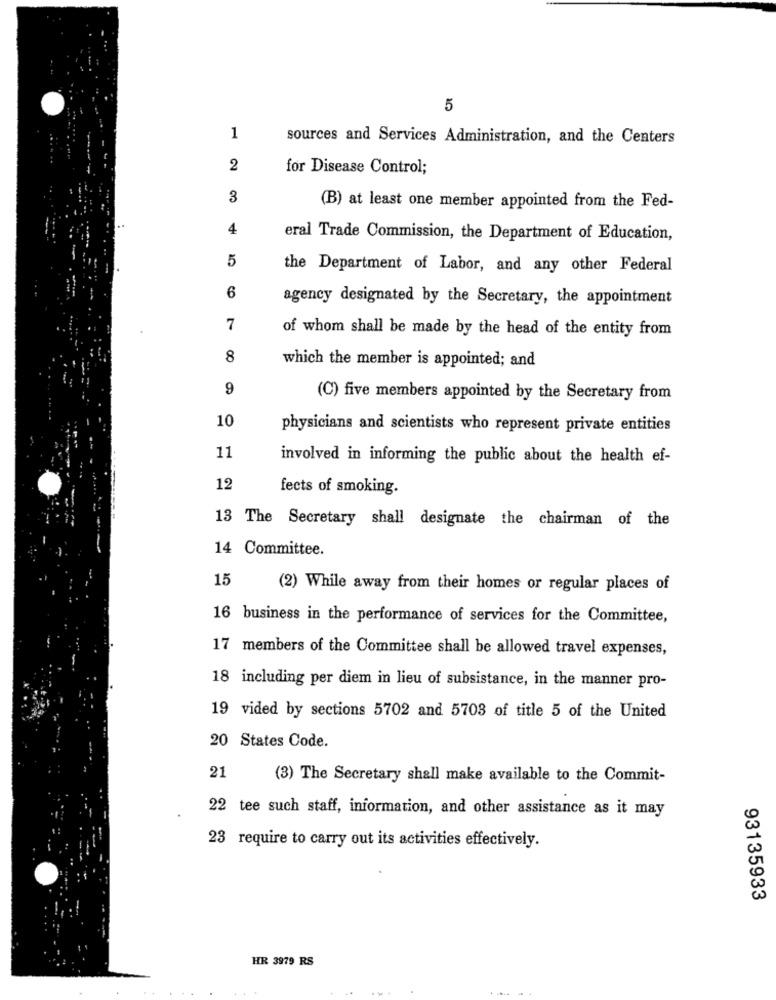
5
1
sources and Services Administration, and the Centers
2
for Disease Control;
3
(B) at least one member appointed from the Fed-
4
eral Trade Commission, the Department of Education,
5
the Department of Labor, and any other Federal
6
agency designated by the Secretary, the appointment
7
of whom shall be made by the head of the entity from
8
which the member is appointed; and
9
(C) five members appointed by the Secretary from
10
physicians and scientists who represent private entities
11
involved in informing the public about the health ef-
12
fects of smoking.
13 The Secretary shall designate the chairman of the
14 Committee.
15
(2) While away from their homes or regular places of
16 business in the performance of services for the Committee,
17 members of the Committee shall be allowed travel expenses,
18 including per diem in lieu of subsistance, in the manner pro-
19 vided by sections 5702 and 5703 of title 5 of the United
20 States Code.
21
(3) The Secretary shall make available to the Commit-
22 tee such staff, information, and other assistance as it may
23 require to carry out its activities effectively.
93135933
HR 3979 RS